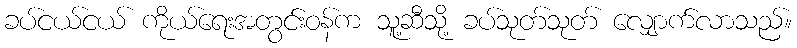
ခပ်ငယ်ငယ် ကိုယ်ရေးအတွင်းဝန်က သူ့ဆီသို့ ခပ်သုတ်သုတ် လျှောက်လာသည်။